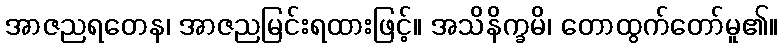
အာဇညရတေန၊ အာဇညမြင်းရထားဖြင့်။ အသိနိက္ခမိ၊ တောထွက်တော်မူ၏။